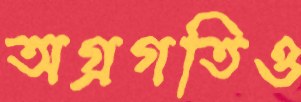
অগ্রগতিও